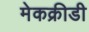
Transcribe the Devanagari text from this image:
मेकक्रीडी